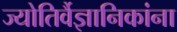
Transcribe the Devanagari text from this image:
ज्योतिर्वैज्ञानिकांना